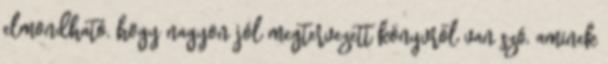
elmondható, hogy nagyon jól megtervezett könyvről van szó, aminek